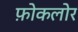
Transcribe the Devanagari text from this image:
फ़ोकलोर